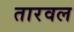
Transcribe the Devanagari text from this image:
तारवल